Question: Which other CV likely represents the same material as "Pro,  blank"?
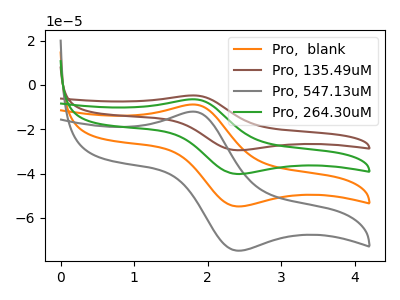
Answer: <think>The orange curve "Pro,  blank" has an anodic peak at (1.80V, -8.85uA) and a cathodic peak at (2.40V, -54.80uA). The brown curve "Pro, 135.49uM" has an anodic peak at (1.80V, -26.50uA) and a cathodic peak at (2.40V, -164.35uA). The gray curve "Pro, 547.13uM" has an anodic peak at (1.80V, -12.05uA) and a cathodic peak at (2.40V, -74.75uA). The green curve "Pro, 264.30uM" has an anodic peak at (1.80V, -17.65uA) and a cathodic peak at (2.40V, -109.55uA).
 All the peaks in "Pro,  blank" have a peak in "Pro, 135.49uM" at the same potential. All the peaks in "Pro,  blank" have a peak in "Pro, 547.13uM" at the same potential. All the peaks in "Pro,  blank" have a peak in "Pro, 264.30uM" at the same potential. All the peaks in "Pro, 135.49uM" have a peak in "Pro, 547.13uM" at the same potential. All the peaks in "Pro, 135.49uM" have a peak in "Pro, 264.30uM" at the same potential. All the peaks in "Pro, 547.13uM" have a peak in "Pro, 264.30uM" at the same potential.</think>
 <answer>"Pro,  blank", "Pro, 135.49uM" and "Pro, 264.30uM" have a similar shape to "Pro, 547.13uM".</answer>
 <eval>"Pro,  blank" "Pro, 135.49uM" "Pro, 264.30uM"</eval>